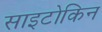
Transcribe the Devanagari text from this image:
साइटोकिन